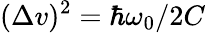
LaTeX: (\Delta v)^{2}=\hbar\omega_{0}/2C